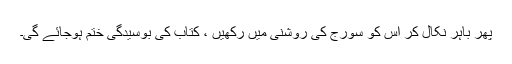
پھر باہر نکال کر اس کو سورج کی روشنی میں رکھیں ، کتاب کی بوسیدگی ختم ہوجائے گی۔